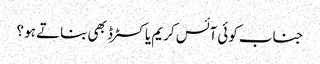
جناب کوئی آئس کریم یا کسٹرڈ بھی بناتے ہو ؟